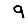
Digit: 9